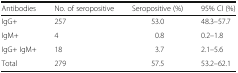
| Antibodies | No. of seropositive | Seropositive (%) | 95% CI (%) |
 | --- | --- | --- | --- |
 | IgG+ | 257 | 53.0 | 48.3–57.7 |
 | IgM+ | 4 | 0.8 | 0.2–1.8 |
 | IgG+ IgM+ | 18 | 3.7 | 2.1–5.6 |
 | Total | 279 | 57.5 | 53.2–62.1 |